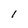
Character: I